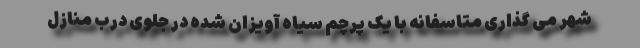
شهر می گذاری متاسفانه با یک پرچم سیاه آویزان شده در جلوی درب منازل